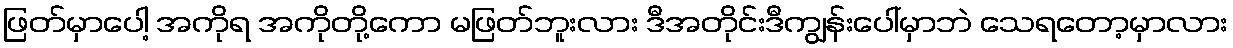
ဖြတ်မှာပေါ့ အကိုရ အကိုတို့ကော မဖြတ်ဘူးလား ဒီအတိုင်းဒီကျွန်းပေါ်မှာဘဲ သေရတော့မှာလား